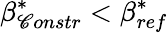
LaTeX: \beta_{\mathscr{C}onstr}^{*}<\beta_{ref}^{*}